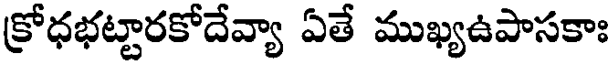
క్రోధభట్టారకోదేవ్యా ఏతే ముఖ్యఉపాసకాః